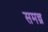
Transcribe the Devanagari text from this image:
समन्त्र